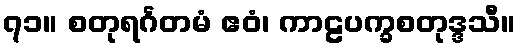
၇၁။ စတုရင်္ဂတမံ ဧဝံ၊ ကာဠပက္ခစတုဒ္ဒသီ။